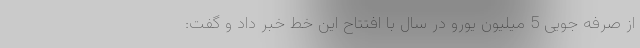
از صرفه جویی 5 میلیون یورو در سال با افتتاح این خط خبر داد و گفت: